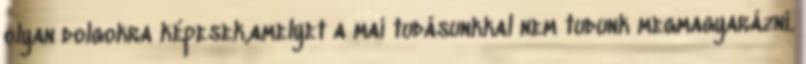
olyan dolgokra képesek,amelyet a mai tudásunkkal nem tudunk megmagyarázni.